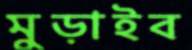
মুড়াইব